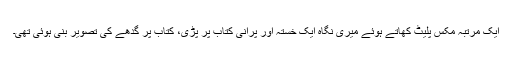
ایک مرتبہ مکس پلیٹ کھاتے ہوئے میری نگاہ ایک خستہ اور پرانی کتاب پر پڑی، کتاب پر گدھے کی تصویر بنی ہوئی تھی۔